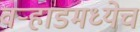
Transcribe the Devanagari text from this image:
वर्‍हाडमध्येच